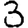
Digit: 3